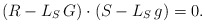
\begin{align*}(R - L_{S}\, G) \cdot (S - L_{S}\, g) = 0 .\end{align*}